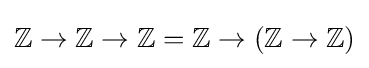
\mathbb {Z} \rightarrow \mathbb {Z} \rightarrow \mathbb {Z} =\mathbb {Z} \rightarrow (\mathbb {Z} \rightarrow \mathbb {Z} )